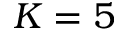
K = 5